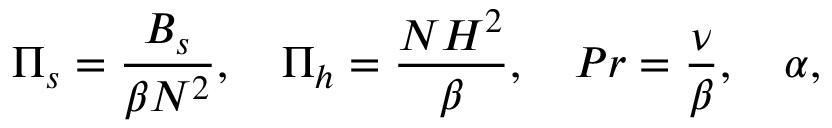
\Pi _ { s } = \frac { B _ { s } } { \beta N ^ { 2 } } , \quad \Pi _ { h } = \frac { N H ^ { 2 } } { \beta } , \quad P r = \frac { \nu } { \beta } , \quad \alpha ,